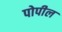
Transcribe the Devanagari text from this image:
पोपील